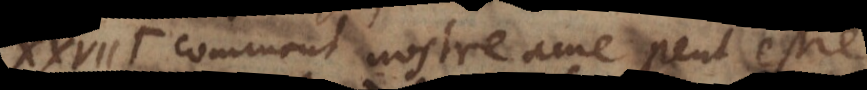
e Comment nostre ame peut estre